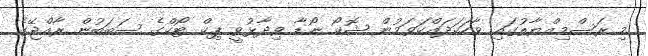
މި ރަސްމިއްޔާތުގައި ވާހަކަދައްކަވަމުން ޝޮކޯ ނޯޑާ ވިދާޅުވީ ޕިކް ޓޯކްގެ ސަބަބުން ރާއްޖޭގެ